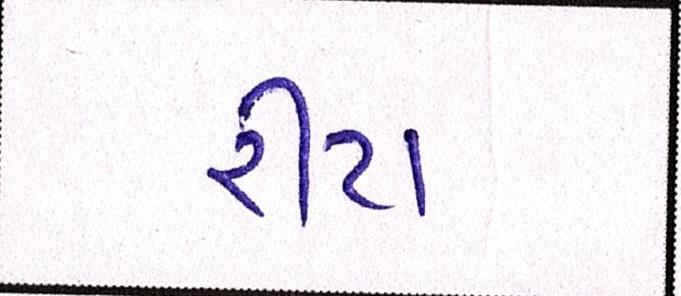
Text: રીટા